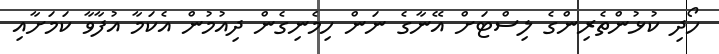
ހޯދި ކުޅުންތެރިންގެ ލިސްޓަށް އޭނާގެ ނަން ހިމެނިގެން ދިއުމުން އެކަމާ އުފާވާ ކަމަށާއި